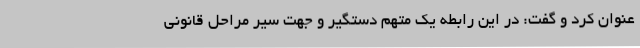
عنوان کرد و گفت: در این رابطه یک متهم دستگیر و جهت سیر مراحل قانونی